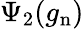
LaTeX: \Psi_{2}(g_{\mathrm{n}})